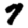
Digit: 7